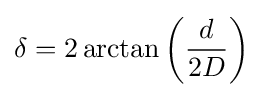
\delta =2\arctan \left({\frac {d}{2D}}\right)